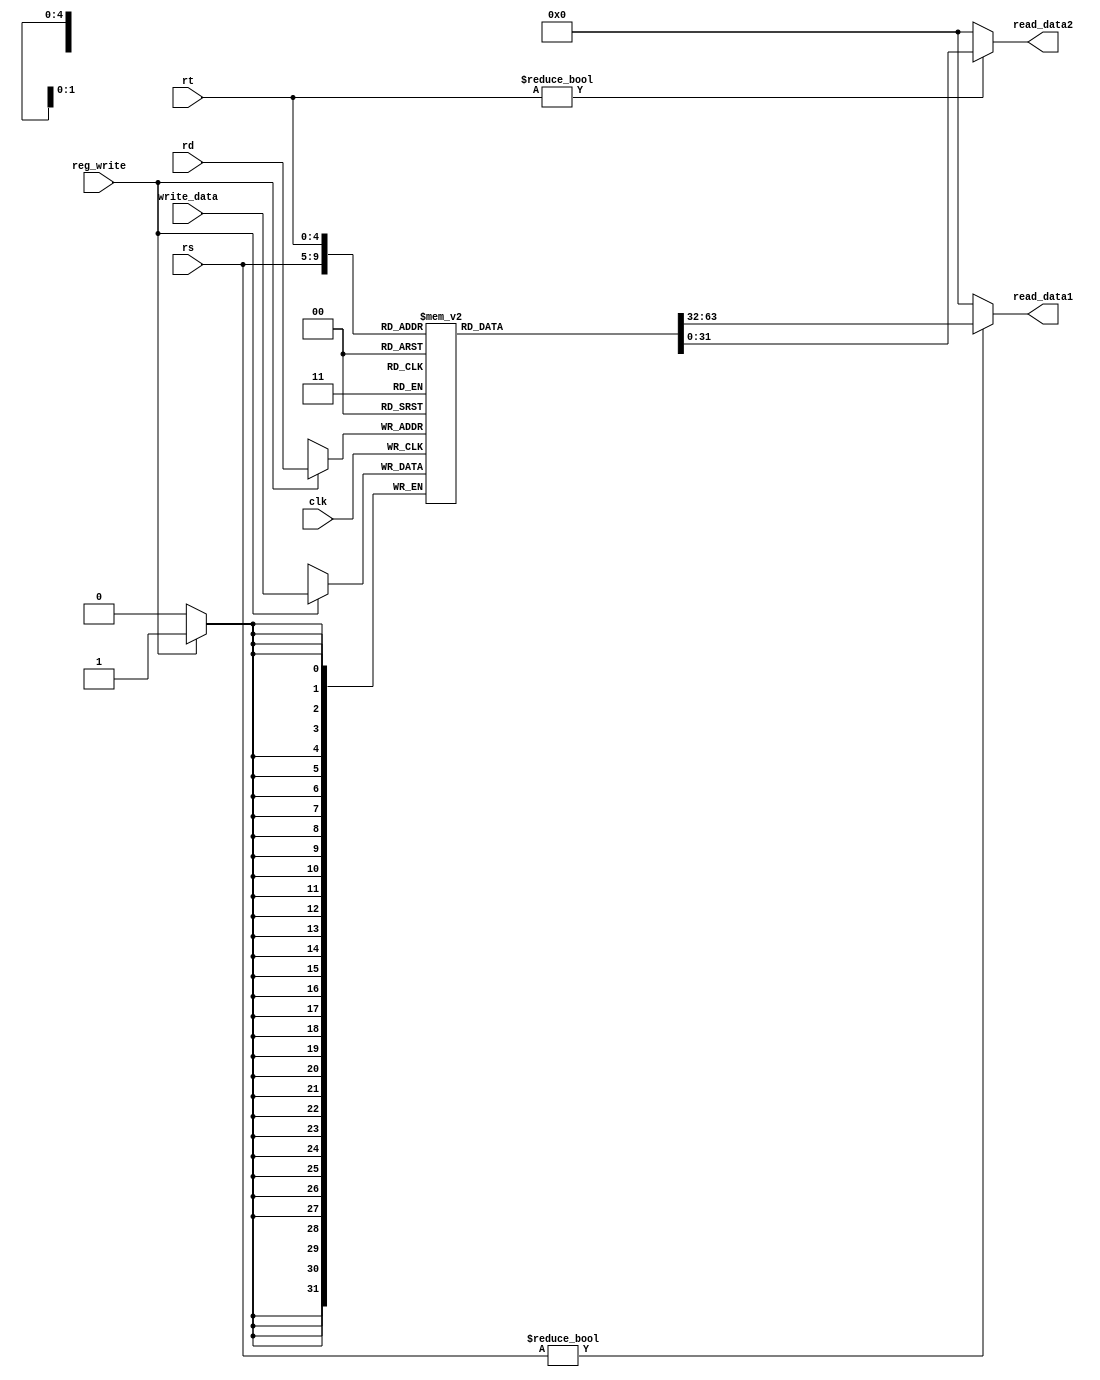
module RegisterFile (
    input clk, // sinal de clock
    input reg_write, // sinal de escrita no registrador
    input [4:0] rs, // registrador fonte 1
    input [4:0] rt, // registrador fonte 2
    input [4:0] rd, // registrador destino
    input [31:0] write_data, // dado a ser escrito no registrador
    output [31:0] read_data1, // dado lido do registrador fonte 1
    output [31:0] read_data2 // dado lido do registrador fonte 2
);

    reg [31:0] registers [31:0]; // 32 registradores de 32 bits cada

    always @(posedge clk) begin
        if (reg_write) begin
            registers[rd] <= write_data;
        end
    end

    assign read_data1 = (rs != 0) ? registers[rs] : 0;
    assign read_data2 = (rt != 0) ? registers[rt] : 0;

endmodule